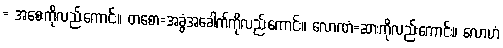
= အစေးကိုလည်းကောင်း။ တစော=အခွံအခေါက်ကိုလည်းကောင်း။ လောဏံ=ဆားကိုလည်းကောင်း။ လောဟံ